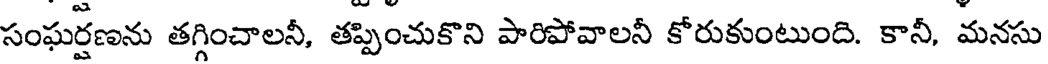
సంఘర్షణను తగ్గించాలనీ, తప్పించుకొని పారిపోవాలనీ కోరుకుంటుంది. కానీ, మనసు